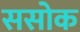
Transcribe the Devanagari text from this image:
ससोक